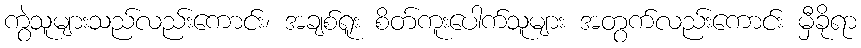
ကွဲသူများသည်လည်းကောင်း၊ အချစ်ရူး စိတ်ကူးပေါက်သူများ အတွက်လည်းကောင်း မှီခိုရာ